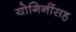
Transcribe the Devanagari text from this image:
योगिनींसह